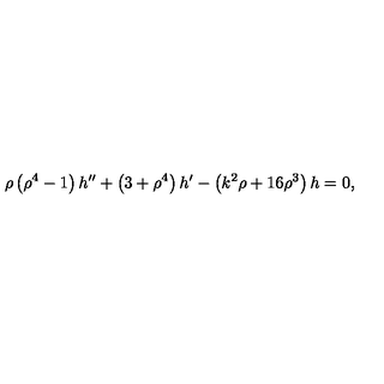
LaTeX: \rho \left( { \rho ^ { 4 } } - 1 \right) h ^ { \prime \prime } + \left( 3 + { \rho ^ { 4 } } \right) h ^ { \prime } - \left( { k ^ { 2 } } \rho + 1 6 { \rho ^ { 3 } } \right) h = 0 ,